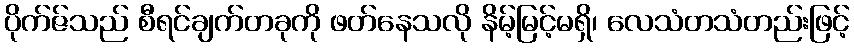
ပိုက်ဇ်သည် စီရင်ချက်တခုကို ဖတ်နေသလို နိမ့်မြင့်မရှိ၊ လေသံတသံတည်းဖြင့်